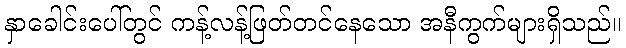
နှာခေါင်းပေါ်တွင် ကန့်လန့်ဖြတ်တင်နေသော အနီကွက်များရှိသည်။